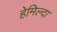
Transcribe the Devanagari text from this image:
हेमिल्दा